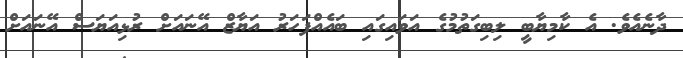
ދާނެއެވެ. އެ ކާމިޔާބީ ލިބިގަތުމުގެ އަވައިގައި ބައެއްފަހަރު އަޔާޒް އޭނައަށް ރުޅިއަޔަސް އޭނައަށް